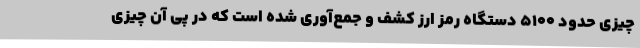
چیزی حدود ۵۱۰۰ دستگاه رمز ارز کشف و جمع‌آوری شده است که در پی آن چیزی